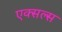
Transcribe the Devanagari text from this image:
एक्सल्स